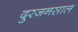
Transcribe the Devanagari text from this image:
दुरजनसाल